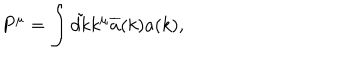
P ^ { \mu } = \int \tilde { d k } k ^ { \mu } \overline { { { a } } } ( k ) a ( k ) ,